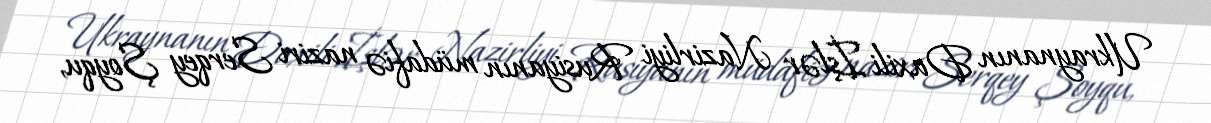
Ukraynanın Daxili İşlər Nazirliyi Rusiyanın müdafiə naziri Serqey Şoyqu,